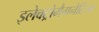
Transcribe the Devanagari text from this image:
इलेक्ट्रोमैगनेटिज्म